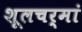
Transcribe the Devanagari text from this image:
शूलचर्मां